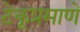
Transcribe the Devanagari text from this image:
टेकूप्रमाणे